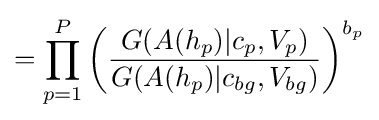
=\prod _{p=1}^{P}\left({\frac {G(A(h_{p})|c_{p},V_{p})}{G(A(h_{p})|c_{bg},V_{bg})}}\right)^{b_{p}}